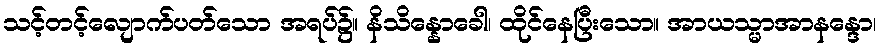
သင့်တင့်လျောက်ပတ်သော အရပ်၌။ နိသိန္နောခေါ၊ ထိုင်နေပြီးသော။ အာယသ္မာအာနန္ဒော၊